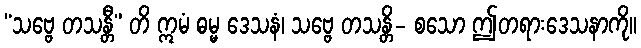
“သဗ္ဗေ တသန္တီ” တိ ဣမံ ဓမ္မ ဒေသနံ၊ သဗ္ဗေ တသန္တိ- စသော ဤတရားဒေသနာကို။